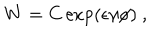
W = C \exp ( \epsilon \gamma \phi ) ~ ,